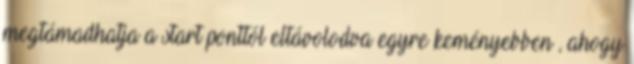
megtámadhatja a start ponttól eltávolodva egyre keményebben , ahogy